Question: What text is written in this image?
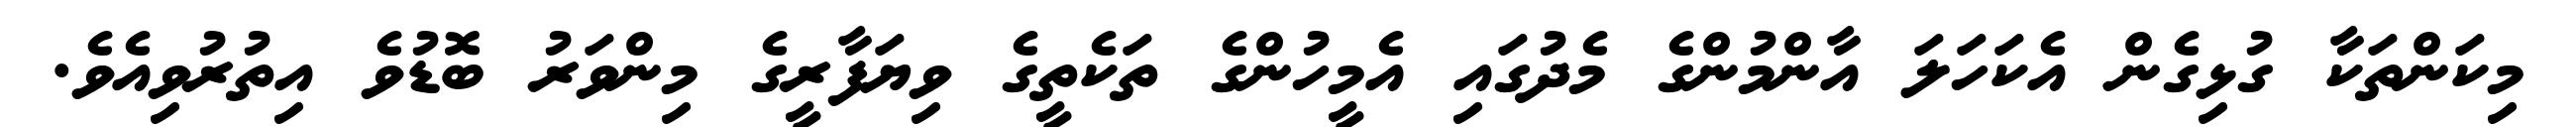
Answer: މިކަންތަކާ ގުޅިގެން އެކަހަލަ އާންމުންގެ މެދުގައި އެމީހުންގެ ތަކެތީގެ ވިޔަފާރީގެ މިންވަރު ބޮޑުވެ އިތުރުވިއެވެ.